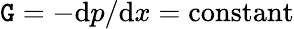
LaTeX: \mathtt{G}=-\mathrm{{d}}p/\mathrm{{d}}x={\mathrm{{constant}}}